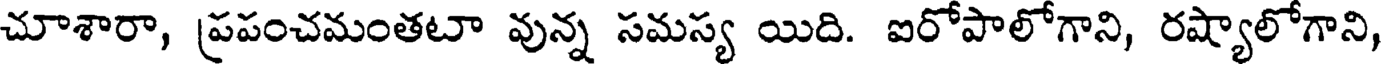
చూశారా, ప్రపంచమంతటా వున్న సమస్య యిది. ఐరోపాలోగాని, రష్యాలోగాని,